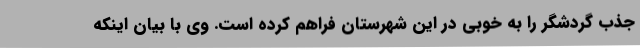
جذب گردشگر را به خوبی در این شهرستان فراهم کرده است. وی با بیان اینکه